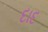
દાદ